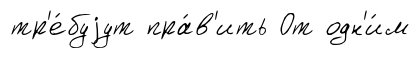
тр'е́буjут пра́в'ить От одн'и́м